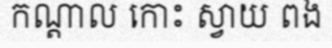
កណ្តាល កោះ ស្វាយ ពង